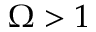
\Omega > 1